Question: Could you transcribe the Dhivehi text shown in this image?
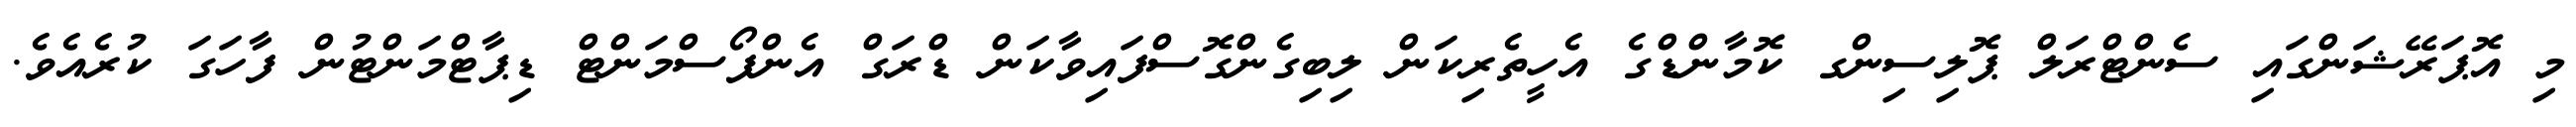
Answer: މި އޮޕަރޭޝަންގައި ސެންޓްރަލް ޕޮލިސިންގ ކޮމާންޑްގެ އެހީތެރިކަން ލިބިގެންގޮސްފައިވާކަން ޑްރަގް އެންފޯސްމަންޓް ޑިޕާޓްމަންޓުން ފާހަގަ ކުރެއެވެ.